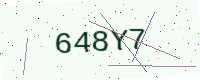
Text: 648Y7